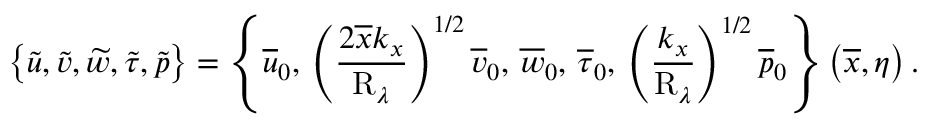
\left\lbrace \widetilde { u } , \widetilde { v } , \widetilde { w } , \widetilde { \tau } , \widetilde { p } \right\rbrace = \left\lbrace \overline { { u } } _ { 0 } , \, \left( \frac { 2 \overline { { x } } k _ { x } } { \mathrm { R } _ { \lambda } } \right) ^ { 1 / 2 } \overline { { v } } _ { 0 } , \, \overline { { w } } _ { 0 } , \, \overline { { \tau } } _ { 0 } , \, \left( \frac { k _ { x } } { \mathrm { R } _ { \lambda } } \right) ^ { 1 / 2 } \overline { { p } } _ { 0 } \right\rbrace \left( \overline { { x } } , \eta \right) .